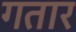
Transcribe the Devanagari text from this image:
गतार